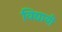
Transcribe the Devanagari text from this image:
विद्यायी